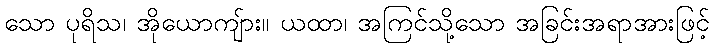
သော ပုရိသ၊ အိုယောကျ်ား။ ယထာ၊ အကြင်သို့သော အခြင်းအရာအားဖြင့်